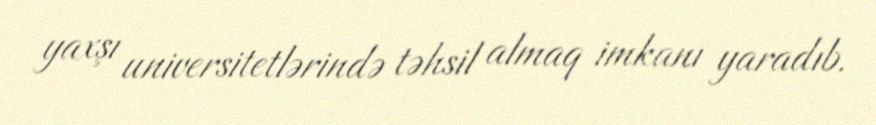
yaxşı universitetlərində təhsil almaq imkanı yaradıb.